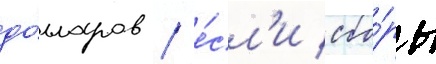
до́лларов / е́сл'и сбо́ры